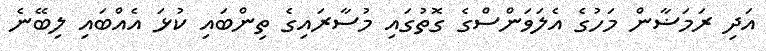
އަދި ރަމަޟާން މަހުގެ އެލަވަންސްގެ ގޮތުގައި މުސާރައިގެ ތިންބައި ކުޅަ އެއްބައި ލިބޭނެ